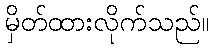
မှိတ်ထားလိုက်သည်။